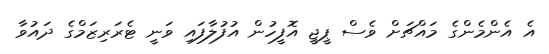
އެ އެންމެންގެ މައްޗަށް ވެސް ޕީޖީ އޮފީހުން އުފުލާފައި ވަނީ ޓެރަރިޒަމްގެ ދައުވާ